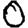
Digit: 0